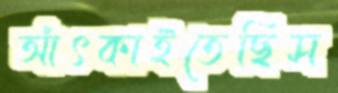
আঁৎকাইতেছিস